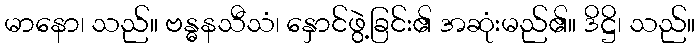
မာနော၊ သည်။ ဗန္ဓနသီသံ၊ နှောင်ဖွဲ့ခြင်း၏ အဆုံးမည်၏။ ဒိဋ္ဌိ၊ သည်။